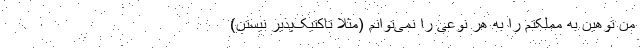
من توهین به مملکتم را به هر نوعی را نمی‌توانم (مثلا تاکتیک‌پذیر نیستن)